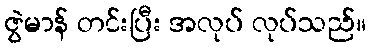
ဇွဲမာန် တင်းပြီး အလုပ် လုပ်သည်။